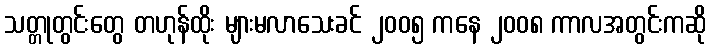
သတ္တုတွင်းတွေ တဟုန်ထိုး များမလာသေးခင် ၂၀၀၅ ကနေ ၂၀၀၈ ကာလအတွင်းကဆို